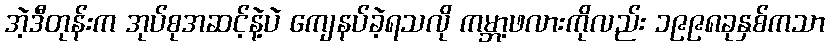
အဲ့ဒီတုန်းက အုပ်စုအဆင့်နဲ့ပဲ ကျေနပ်ခဲ့ရသလို ကမ္ဘာ့ဖလားကိုလည်း ၁၉၉၈ခုနှစ်ကသာ